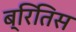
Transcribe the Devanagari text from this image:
ब्रितिस